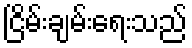
ငြိမ်းချမ်းရေးသည်